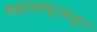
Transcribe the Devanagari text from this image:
महाराष्ट्रकडून